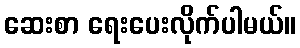
ဆေးစာ ရေးပေးလိုက်ပါမယ်။